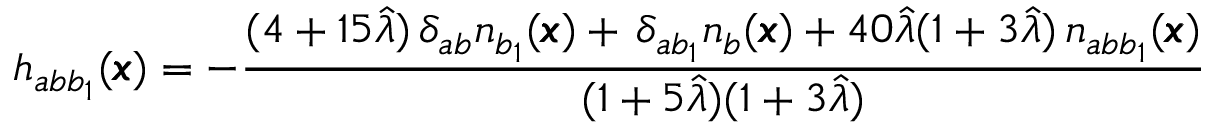
h _ { a b b _ { 1 } } ( { \pmb x } ) = - \frac { ( 4 + 1 5 \hat { \lambda } ) \, \delta _ { a b } n _ { b _ { 1 } } ( { \pmb x } ) + \, \delta _ { a b _ { 1 } } n _ { b } ( { \pmb x } ) + 4 0 \hat { \lambda } ( 1 + 3 \hat { \lambda } ) \, n _ { a b b _ { 1 } } ( { \pmb x } ) } { ( 1 + 5 \hat { \lambda } ) ( 1 + 3 \hat { \lambda } ) }